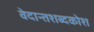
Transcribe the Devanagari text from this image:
वेदान्तशब्दकोश